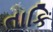
તાકિ